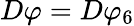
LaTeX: D\varphi=D\varphi_{6}